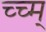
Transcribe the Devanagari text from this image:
च्च्म्